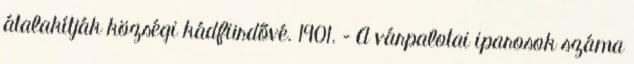
átalakítják községi kádfürdővé. 1901. – A várpalotai iparosok száma